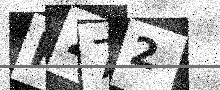
Text: K272